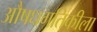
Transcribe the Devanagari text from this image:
औषधगतिकीला